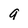
Character: a